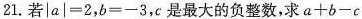
21.若$$|a|=2$$，$$b=-3$$，c是最大的负整数，求$$a+b-c$$